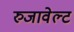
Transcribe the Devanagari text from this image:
रुजावेल्ट